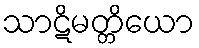
သာဋိမတ္တိယော